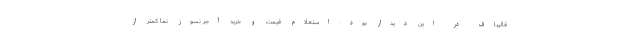
قالیباف در این دیدار بود. استعلام قیمت و خرید آجر نسوز نما کمتر از